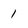
Character: 1